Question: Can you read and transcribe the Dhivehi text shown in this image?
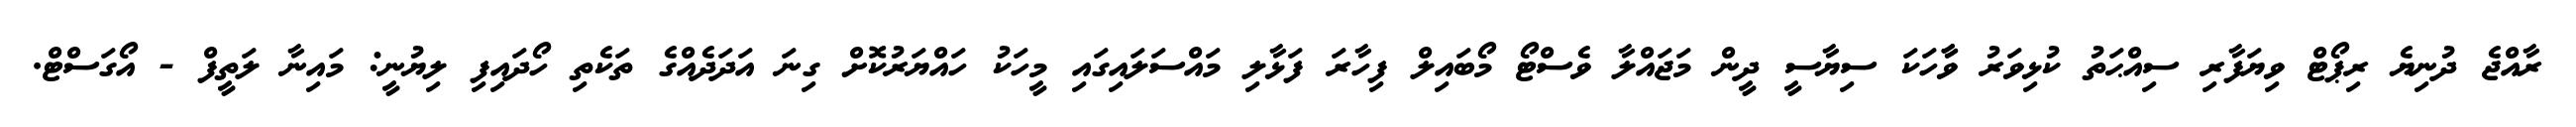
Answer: ރާއްޖެ ދުނިޔެ ރިޕޯޓް ވިޔަފާރި ސިއްޙަތު ކުޅިވަރު ވާާހަކަ ސިޔާސީ ދީން މަޖައްލާ ވެސްޓޯ މޯބައިލް ފިހާރަ ފަޅާލި މައްސަލައިގައި މީހަކު ހައްޔަރުކޮށް ގިނަ އަދަދެއްގެ ތަކެތި ހޯދައިފި ލިޔުނީ: މައިނާ ލަތީފް - އޯގަސްޓް.